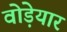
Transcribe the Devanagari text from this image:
वोड़ेयार